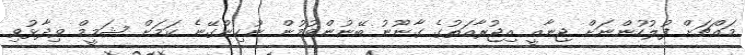
މައްޗަށް ފުލުހުންނަށް ޖިނާއީ އިޖުރާއަތުގެ ގާނޫނު ބޭނުންވުމުން ނުހިންގޭނެ ކަމަށް ޝަމީމް ވިދާޅުވި